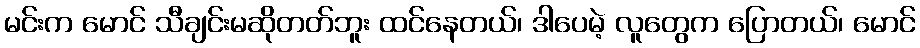
မင်းက မောင် သီချင်းမဆိုတတ်ဘူး ထင်နေတယ်၊ ဒါပေမဲ့ လူတွေက ပြောတယ်၊ မောင်